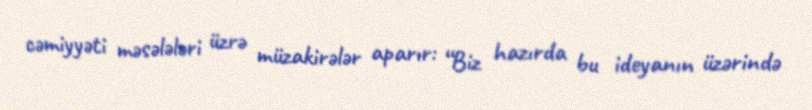
cəmiyyəti məsələləri üzrə müzakirələr aparır: “Biz hazırda bu ideyanın üzərində